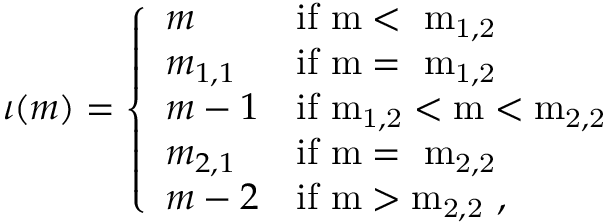
\iota ( m ) = \left\{ \begin{array} { l l } { m } & { \mathrm { i f ~ m < ~ m _ { 1 , 2 } ~ } } \\ { m _ { 1 , 1 } } & { \mathrm { i f ~ m = ~ m _ { 1 , 2 } ~ } } \\ { m - 1 } & { \mathrm { i f ~ m _ { 1 , 2 } < m < m _ { 2 , 2 } ~ } } \\ { m _ { 2 , 1 } } & { \mathrm { i f ~ m = ~ m _ { 2 , 2 } ~ } } \\ { m - 2 } & { \mathrm { i f ~ m > m _ { 2 , 2 } ~ } , } \end{array} \right.